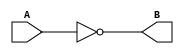
module not_gate(
    input  A,
    output B
    );
    assign B = ~A;
endmodule